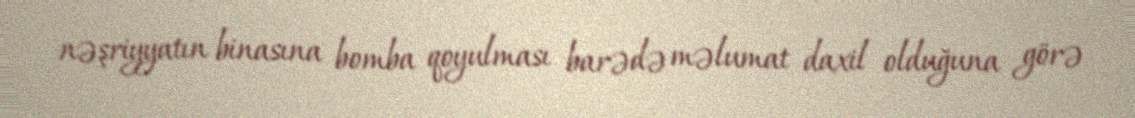
nəşriyyatın binasına bomba qoyulması barədə məlumat daxil olduğuna görə